Lunatic asylums Madras 1877-1891 - 1877-1891
Year: 1877
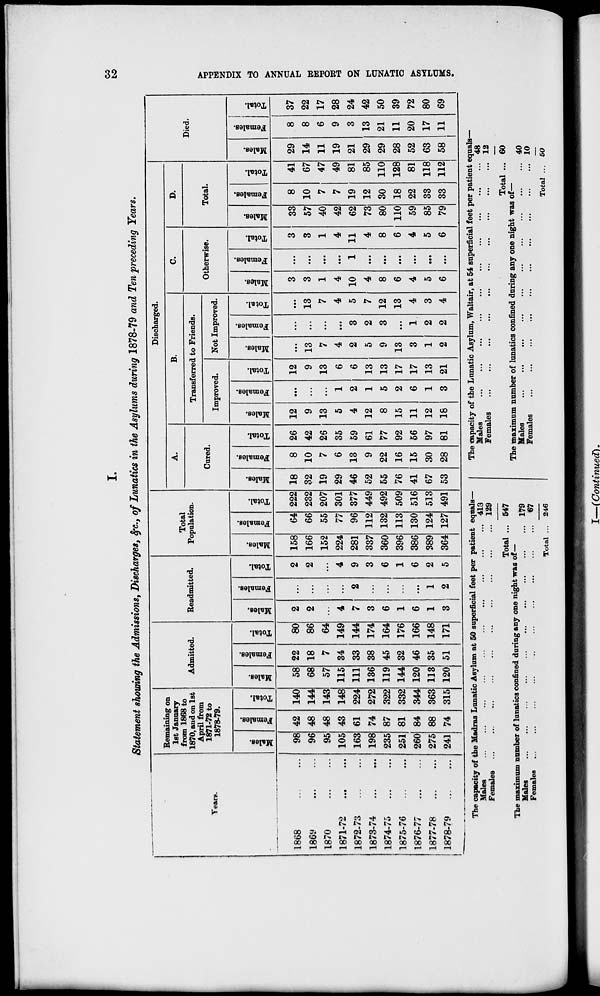
32
APPENDIX TO ANNUAL REPORT ON LUNATIC ASYLUMS.
I.
Statement showing the Admissions, Discharges, &c., of Lunatics in the Asylums during 1878-79 and Ten preceding Years.
Years.
1868
...
...
1869
...
...
1870
...
...
1871-72
...
...
1872-73
...
...
1873-74
...
...
1874-75
...
...
1875-76
...
...
1876-77
...
...
1877-78
...
...
1878-79
...
...
Remaining on
let January
from 1868 to
1870, and on 1st
April from
1871-72 to
1878-79.
Males.
98
96
95
105
163
198
235
251
260
275
241
Females.
42
48
48
43
61
74
87
81
84
88
74
Total.
140
144
143
148
224
272
322
332
344
363
315
Admitted.
Males.
58
68
57
115
111
136
119
144
120
113
120
Females.
22
18
7
34
33
38
45
32
46
35
51
Total.
80
86
64
149
144
174
164
176
166
148
171
Readmitted.
Males.
2
2
...
4
7
3
6
1
6
1
3
Females.
...
...
...
...
2
...
...
...
...
1
2
Total.
2
2
...
4
9
3
6
1
6
2
5
Total
Population.
Males.
158
166
152
224
281
337
360
396
386
389
364
Females.
64
66
55
77
96
112
132
113
130
124
127
Total.
222
232
207
301
377
449
492
509
516
513
491
Discharged.
A.
Cured.
Males.
18
32
19
29
46
52
55
76
41
67
53
Females.
8
10
7
6
13
9
22
16
15
30
28
Total.
26
42
26
35
59
61
77
92
56
97
81
B.
Transferred to Friends.
Improved.
Males.
12
9
13
5
4
12
8
15
11
12
18
Females.
...
...
...
1
2
1
5
2
6
1
3
Total.
12
9
13
6
6
13
13
17
17
13
21
Not Improved.
Males.
...
13
7
4
2
5
9
13
3
1
2
Females.
...
...
...
...
3
2
3
...
1
2
2
Total.
...
13
7
4
5
7
12
13
4
3
4
c.
Otherwise.
Males.
3
3
1
4
10
4
8
6
4
5
6
Females.
...
...
...
...
1
...
...
...
...
...
...
Total.
3
3
1
4
11
4
8
6
4
5
6
D.
Total.
Males.
33
57
40
42
62
73
80
110
59
85
79
Females.
8
10
7
7
19
12
30
18
22
33
33
Total.
41
67
47
49
81
85
110
128
81
118
112
Died.
Males.
29
14
11
19
21
29
29
28
52
63
58
Females.
8
8
6
9
3
13
21
11
20
17
11
Total.
37
22
17
28
24
42
50
39
72
80
69
The capacity of the Madras Lunatic Asylum at 50 superficial feet per patient equals—
Males ... ... ... ... ... ... ... ... ... ...
Females
...
...
...
...
...
...
...
...
...
...
Total ...
The maximum number of lunatics confined during any one night was of—
Males ... ... ... ... ... ... ... ... ... ...
Females ... ... ... ... ... ... ... ... ... ...
Total ...
413
129
547
179
67
246
The capacity of the Lunatic Asylum, Waltair, at 54 superficial feet per patient equals—
Males
...
...
...
...
...
...
...
...
...
...
Females
...
...
...
...
...
...
...
...
...
...
Total ...
The maximum number of lunatics confined during any one night was of—
Males
...
...
...
...
...
...
...
...
...
...
Females
...
...
...
...
...
...
...
...
...
...
Total ...
48
12
60
40
10
50